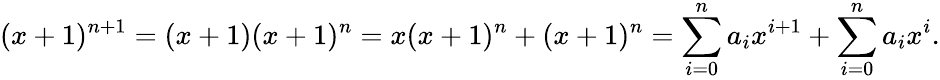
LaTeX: (x+1)^{n+1}=(x+1)(x+1)^{n}=x(x+1)^{n}+(x+1)^{n}=\sum_{i=0}^{n}a_{i}x^{i+1}+\sum_{i=0}^{n}a_{i}x^{i}.